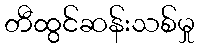
တီထွင်ဆန်းသစ်မှု